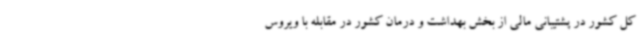
کل کشور در پشتیبانی مالی از بخش بهداشت و درمان کشور در مقابله با ویروس